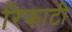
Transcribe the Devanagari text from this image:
रिकाटी